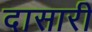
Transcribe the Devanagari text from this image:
दासारी